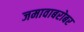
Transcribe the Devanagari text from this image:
जमावाबरोबर